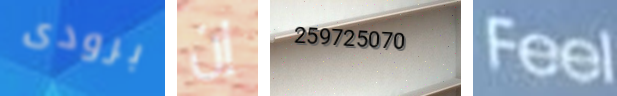
برودى إن 259725070 Feel